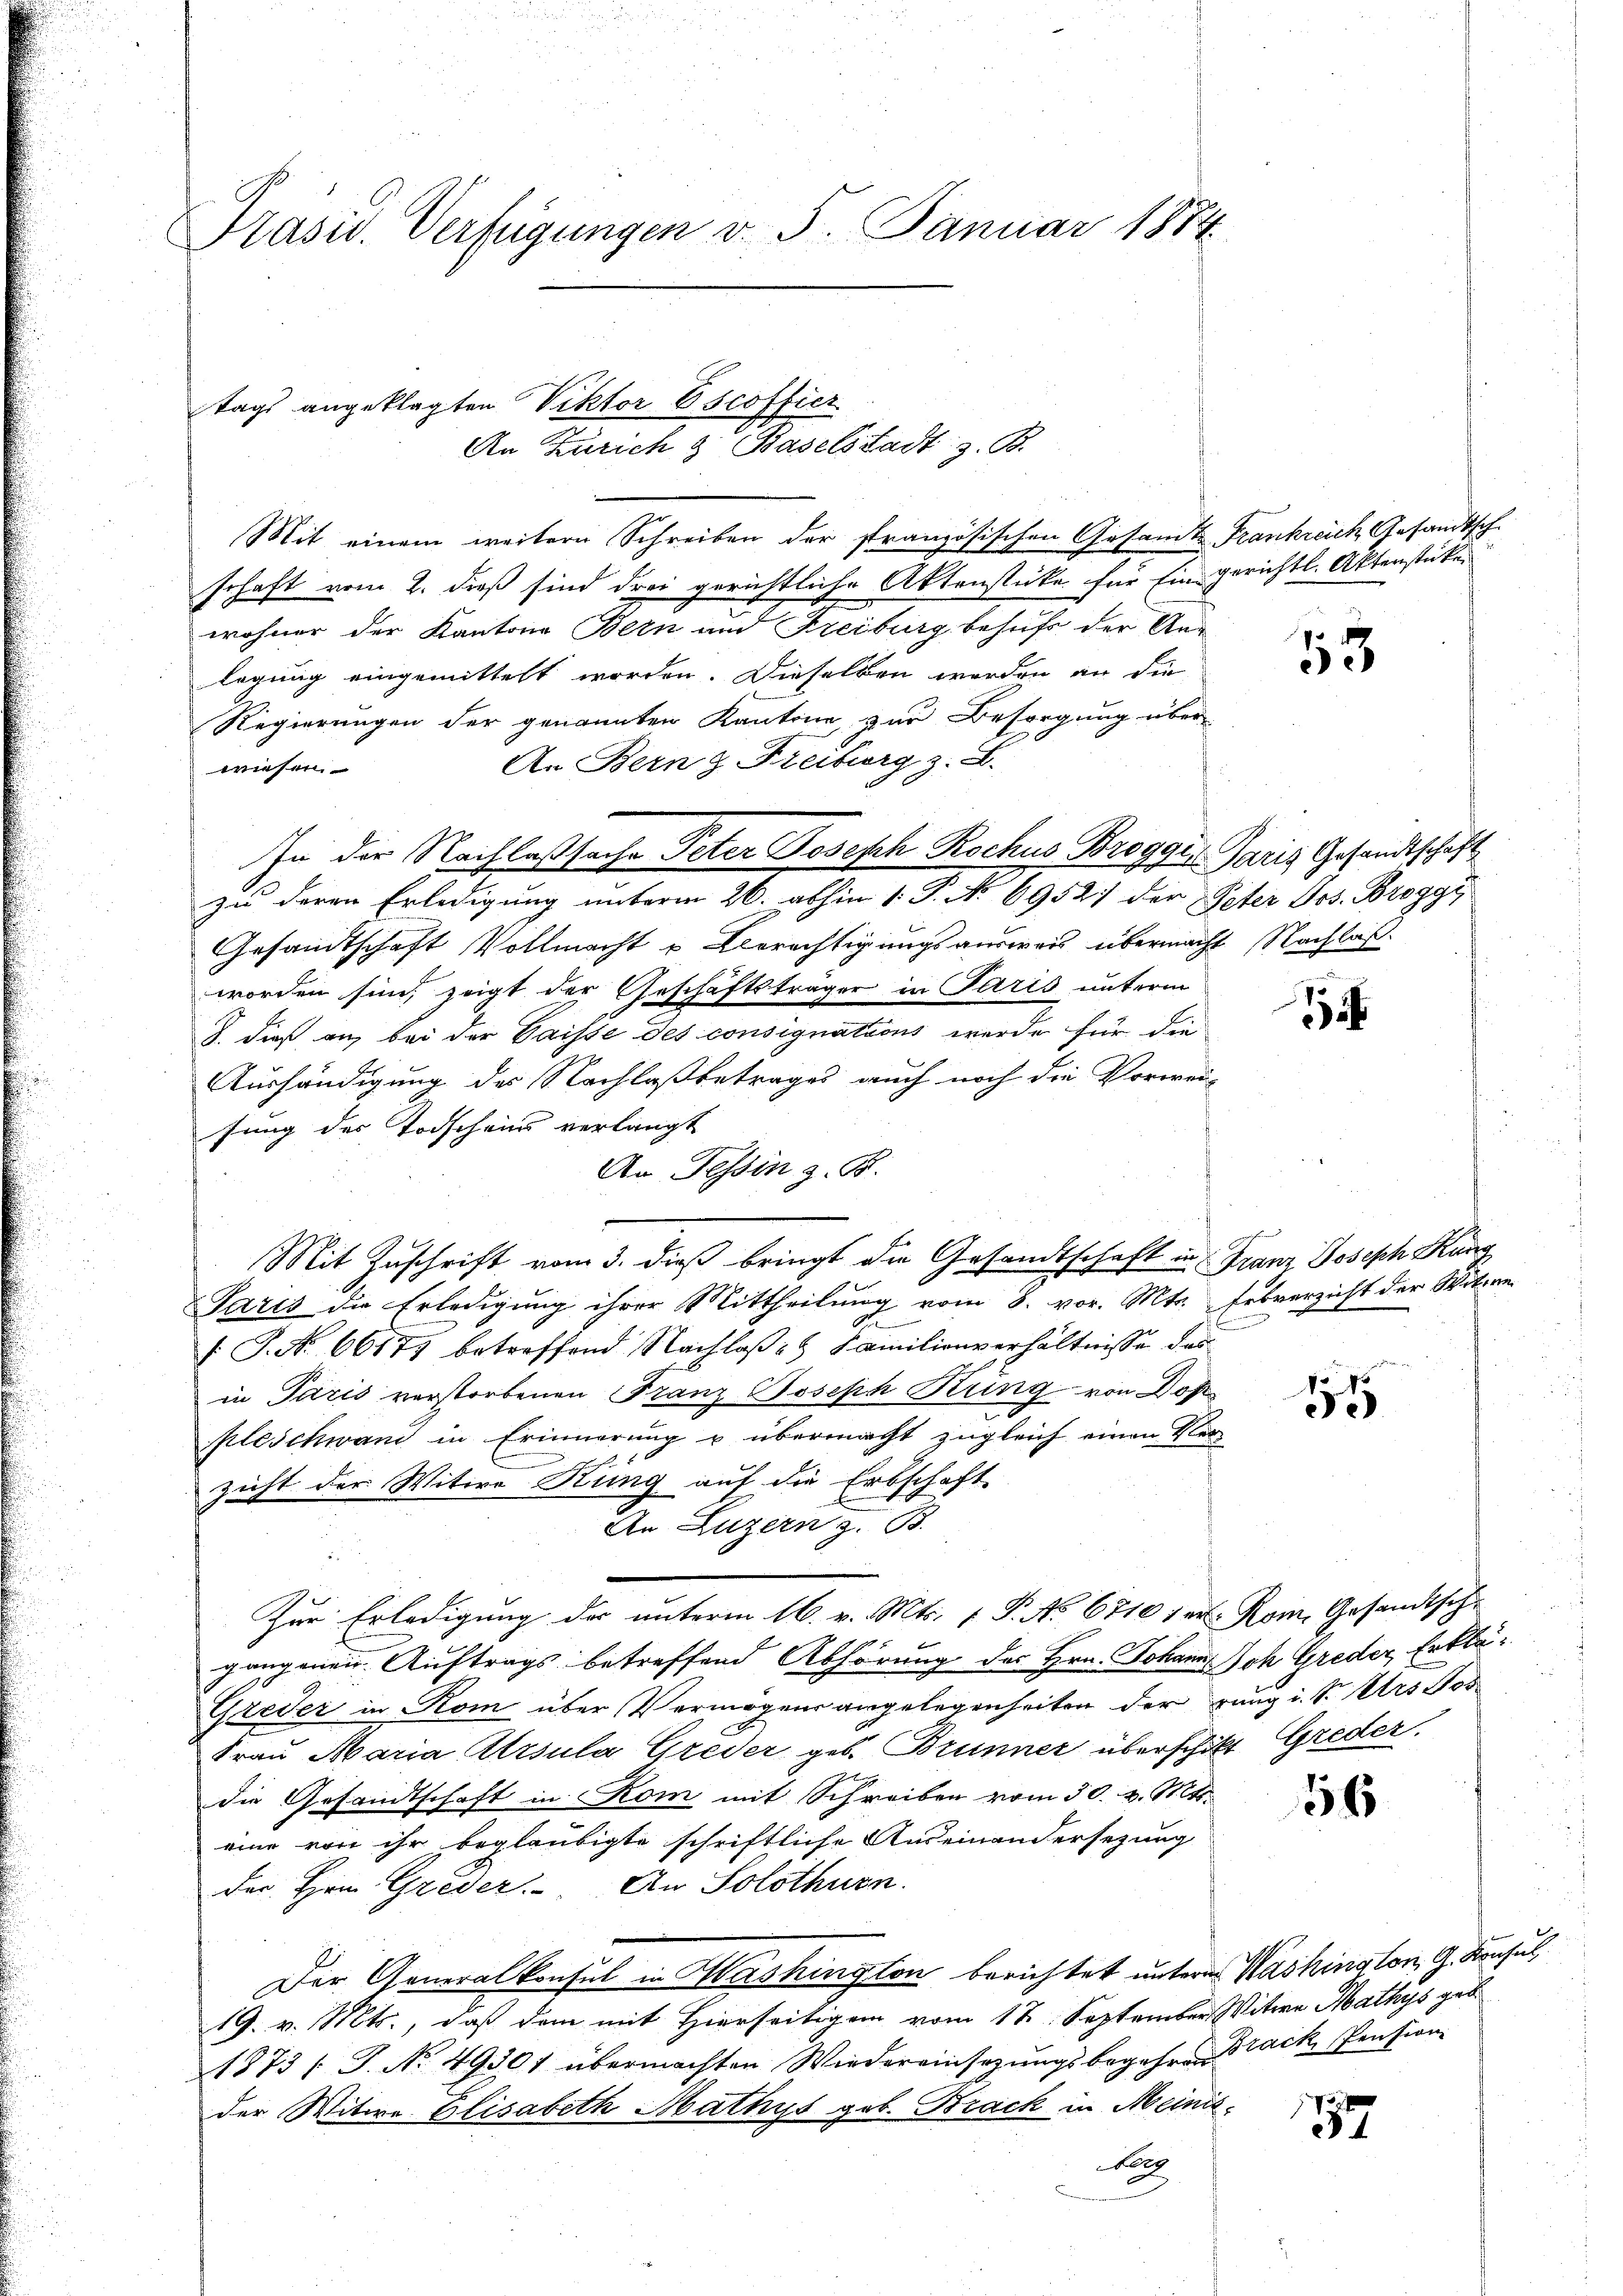
Präsid. Verfügungen v. 5. Januar 1884

Mit einem weitere Schreiben der französischen Gesamte Frankreich Gesandtschschaft vom 2. dieß sind drei gerichtliche Aktenstücke für Ein gerichtl. Aktenstücken
wohner der Kantone Bern und Freiburg behufs der Anlegung eingemittelt worden. Dieselben werden an die
Regierungen der genannten Kantone, zur Besorgung über-
An Bern & Freiberg z. B.
wiesen.
zu deren Erledigung unterm 26. abhin 1. P. No 6952. der Peter Jos. Broggy
Gesandtschaft Vollmacht u Berechtigungsausweis übermacht Nachlaßworden sind, zeigt der Geschäftsträger in Paris unterm
8. dieß an, bei der Gaisse des consignations werde für die
Aushändigung des Nachlaßbetrages auch noch die Vorwei-
fung der Todscheins verlangt
An Tessin z. B.
Mit Zuschrift vom 3. dieß bringt die Gesandtschaft in Franz Joseph Kunz
Paris die Erledigung ihrer Mittheilung vom 8. vor. Mts. Febverzicht der Witwe
 P. Nr. 60177 betreffend Nachlaβ- u Familienverhältnisse das
in Paris verstorbenen Franz Joseph Kring von Dop
pleschwand in Erinnerung u übermacht zugleich einen Verzicht der Witwe Stung auf die Erbschaft
An Luzern z. B.
Zur Erledigung des unterm 16. v. Mts. f. P. No 6710 f er
gangenen Auftrags betreffend Abhörung des Hrn. Johann Joh Greder Erklä¬
Greder in Rom über Vermögensangelegenheiten der rang i. S. Urs Tod
Frau Maria Ursula Greder geb. Brunner überschikt Greder
die Gesandtschaft in Rom mit Schreiben vom 30. v. Mts.
eine von ihr beglaubigte schriftliche Auseinandersezung
der Hrn. Greder. An Solothurn.
Der Generalkonsul in Washington berichtet unterm Washington G. Konsul
19. v. Mts., daß dem mit Hierseitigen vom 12. September Witwe Mathys geb
1873 / J. No. 49301 übermachten Wiedereinsezungsbegehren Track, Pension
der Witwe Elisabeth Mathys geb. Brack in Meinis
Fo

tags angeklagten Viktor Escoffier
An Zürich & Baselstadt z. B.

In der Nachlaßsache Peter Joseph Rochus Broggis Paris Gesandtschaft

53

1

.

11

Rom. Gesandtsche

56

17